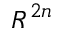
R ^ { 2 n }